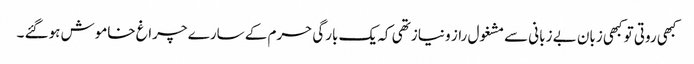
کبھی روتی تو کبھی زبان بے زبانی سے مشغول راز و نیاز تھی کہ یک بارگی حرم کے سارے چراغ خاموش ہوگئے ۔